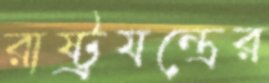
রাষ্ট্রযন্ত্রের